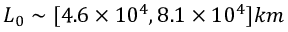
L _ { 0 } \sim [ 4 . 6 \times 1 0 ^ { 4 } , 8 . 1 \times 1 0 ^ { 4 } ] k m